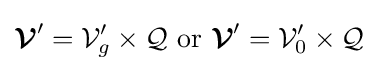
{\boldsymbol {\mathcal {V}}}'={\mathcal {V}}_{g}'\times {\mathcal {Q}}{\text{ or }}{\boldsymbol {\mathcal {V}}}'={\mathcal {V}}_{0}'\times {\mathcal {Q}}